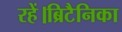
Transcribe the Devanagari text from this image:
रहें।ब्रिटैनिका